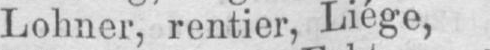
Lohner, rentier, Liège,